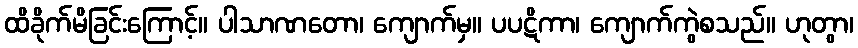
ထိခိုက်မိခြင်းကြောင့်။ ပါသာဏတော၊ ကျောက်မှ။ ပပဋိကာ၊ ကျောက်ကွဲစသည်။ ဟုတွာ၊